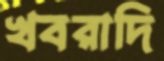
খবরাদি